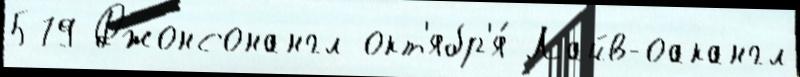
579 Джонсонангл окт'ябр'я́ Лайв-оакангл